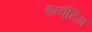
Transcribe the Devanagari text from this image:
इन्वेंटिंग